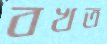
বখত